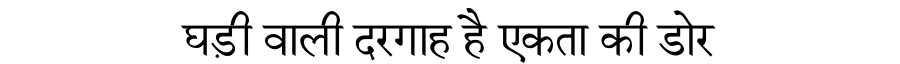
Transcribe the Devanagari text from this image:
घड़ी वाली दरगाह है एकता की डोर